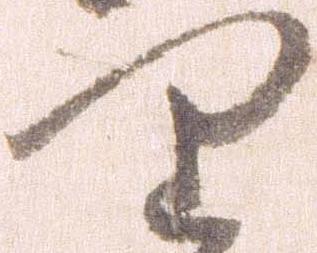
り